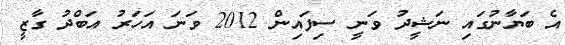
އެ ބަޔާނުގައި ނަޝީދު ވަނީ ސިފައިން 2012 ވަނަ އަހަރު އަބްދު ގާޒީ